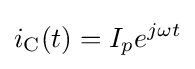
i_{\text{C}}(t)=I_{p}e^{j\omega t}